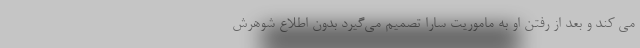
می کند و بعد از رفتن او به ماموریت سارا تصمیم می‌گیرد بدون اطلاع شوهرش